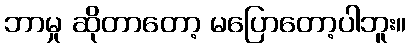
ဘာမှု ဆိုတာတော့ မပြောတော့ပါဘူး။